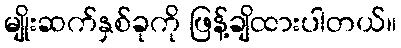
မျိုးဆက်နှစ်ခုကို ဖြန့်ချိထားပါတယ်။